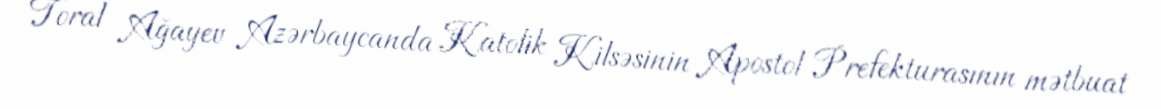
Toral Ağayev Azərbaycanda Katolik Kilsəsinin Apostol Prefekturasının mətbuat